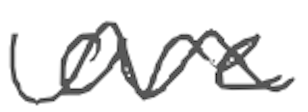
Text: are
Cross-out: mix
Writing tool: digital_gray